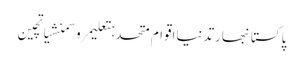
پاکستانبھارتدنیااقوام متحدہتعلیمروسمنشیاتچین